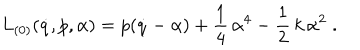
L _ { ( 0 ) } ( \dot { q } , p , \alpha ) = p ( \dot { q } - \alpha ) + \frac 1 4 \, \alpha ^ { 4 } - \frac 1 2 \, k \, \alpha ^ { 2 } \; .